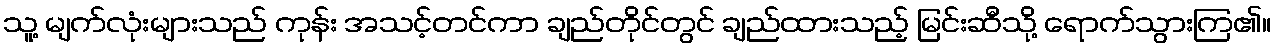
သူ့ မျက်လုံးများသည် ကုန်း အသင့်တင်ကာ ချည်တိုင်တွင် ချည်ထားသည့် မြင်းဆီသို့ ရောက်သွားကြ၏။